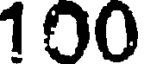
100